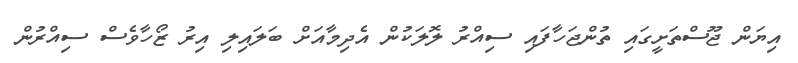
އިޔަން ޖޫސްތަށީގައި ތުންޖަހާފައި ސިއްރު ލޮލަކުން އެދިމާއަށް ބަލައިލި އިރު ޒޯހާވެސް ސިއްރުން